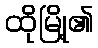
ထိုမြို့၏